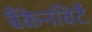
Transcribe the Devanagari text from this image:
बैंकेनविर्टे